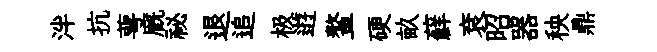
泮抗萼廐祕退追极逰鳌硬畝蘚袞昭器秧鼎